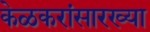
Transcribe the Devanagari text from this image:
केळकरांसारख्या